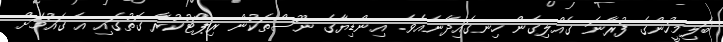
ބަލިމީހުންގެ ފުރާނަ ގެއްލިގެން ހިނގައިދާނެއެވެ. އިންޑިޔާގެ ނޫސްތަކުން ރިޕޯޓުކުރާ ގޮތުގައި އެ ގައުމަށް